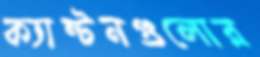
ক্যান্টনগুলোর